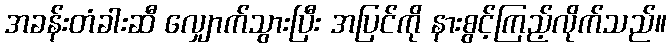
အခန်းတံခါးဆီ လျှောက်သွားပြီး အပြင်ကို နားစွင့်ကြည့်လိုက်သည်။